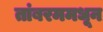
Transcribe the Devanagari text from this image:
तांबरममधून